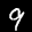
Label: 9